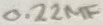
Text: 0.22µF